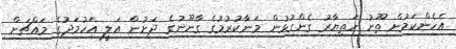
އެހެންކަމުން ތޫނު ހަތިޔާރު ގެންގުޅުން މަނާކުރުމުގެ ގާނޫނުގެ ދަށުން އަލީ އަހުމަދުގެ މައްޗަށް